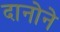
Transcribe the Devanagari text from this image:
दानोने